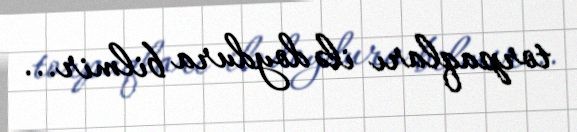
torpaqları ilə doydura bilmir...